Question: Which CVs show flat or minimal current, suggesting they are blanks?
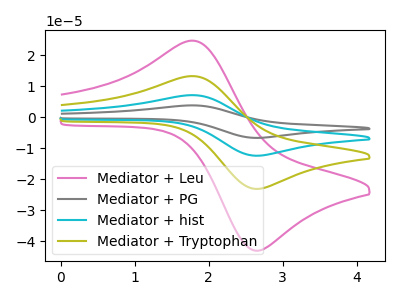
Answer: <think>The pink curve "Mediator + Leu" has an anodic peak at (1.80V, 24.70uA) and a cathodic peak at (2.65V, -43.10uA). The gray curve "Mediator + PG" has an anodic peak at (1.80V, 39.80uA) and a cathodic peak at (2.65V, -69.45uA). The cyan curve "Mediator + hist" has an anodic peak at (1.80V, 26.55uA) and a cathodic peak at (2.65V, -46.30uA). The olive curve "Mediator + Tryptophan" has an anodic peak at (1.80V, 13.25uA) and a cathodic peak at (2.65V, -23.15uA).</think>
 <answer>There are not any CV's on this graph that are likely to be blanks.</answer>
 <eval>none</eval>